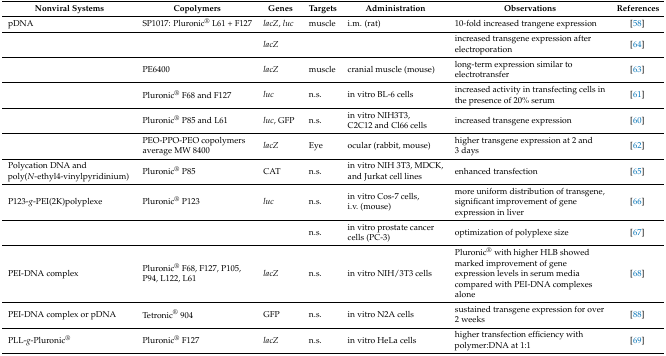
<table><thead><tr><td><b>Nonviral Systems</b></td><td><b>Copolymers</b></td><td><b>Genes</b></td><td><b>Targets</b></td><td><b>Administration</b></td><td><b>Observations</b></td><td><b>References</b></td></tr></thead><tbody><tr><td>pDNA</td><td>SP1017: Pluronic<sup>®</sup> L61 + F127</td><td><i>lacZ</i>, <i>luc</i></td><td>muscle</td><td>i.m. (rat)</td><td>10-fold increased trangene expression</td><td>[58]</td></tr><tr><td></td><td></td><td><i>lacZ</i></td><td></td><td></td><td>increased transgene expression after electroporation</td><td>[64]</td></tr><tr><td></td><td>PE6400</td><td><i>lacZ</i></td><td>muscle</td><td>cranial muscle (mouse)</td><td>long-term expression similar to electrotransfer</td><td>[63]</td></tr><tr><td></td><td>Pluronic<sup>®</sup> F68 and F127</td><td><i>luc</i></td><td>n.s.</td><td>in vitro BL-6 cells</td><td>increased activity in transfecting cells in the presence of 20% serum</td><td>[61]</td></tr><tr><td></td><td>Pluronic<sup>®</sup> P85 and L61</td><td><i>luc</i>, GFP</td><td>n.s.</td><td>in vitro NIH3T3, C2C12 and Cl66 cells</td><td>increased transgene expression</td><td>[60]</td></tr><tr><td></td><td>PEO-PPO-PEO copolymers average MW 8400</td><td><i>lacZ</i></td><td>Eye</td><td>ocular (rabbit, mouse)</td><td>higher transgene expression at 2 and 3 days</td><td>[62]</td></tr><tr><td>Polycation DNA and poly(<i>N</i>-ethyl4-vinylpyridinium)</td><td>Pluronic<sup>®</sup> P85</td><td>CAT</td><td>n.s.</td><td>in vitro NIH 3T3, MDCK, and Jurkat cell lines</td><td>enhanced transfection</td><td>[65]</td></tr><tr><td>P123-<i>g</i>-PEI(2K)polyplexe</td><td>Pluronic<sup>®</sup> P123</td><td><i>luc</i></td><td>n.s.</td><td>in vitro Cos-7 cells, i.v. (mouse)</td><td>more uniform distribution of transgene, significant improvement of gene expression in liver</td><td>[66]</td></tr><tr><td></td><td></td><td></td><td>n.s.</td><td>in vitro prostate cancer cells (PC-3)</td><td>optimization of polyplexe size</td><td>[67]</td></tr><tr><td>PEI-DNA complex</td><td>Pluronic<sup>®</sup> F68, F127, P105, P94, L122, L61</td><td><i>lacZ</i></td><td>n.s.</td><td>in vitro NIH/3T3 cells</td><td>Pluronic<sup>®</sup> with higher HLB showed marked improvement of gene expression levels in serum media compared with PEI-DNA complexes alone</td><td>[68]</td></tr><tr><td>PEI-DNA complex or pDNA</td><td>Tetronic<sup>®</sup> 904</td><td>GFP</td><td>n.s.</td><td>in vitro N2A cells</td><td>sustained transgene expression for over 2 weeks</td><td>[88]</td></tr><tr><td>PLL-<i>g</i>-Pluronic<sup>®</sup></td><td>Pluronic<sup>®</sup> F127</td><td><i>lacZ</i></td><td>n.s.</td><td>in vitro HeLa cells</td><td>higher transfection efficiency with polymer:DNA at 1:1</td><td>[69]</td></tr></tbody></table>